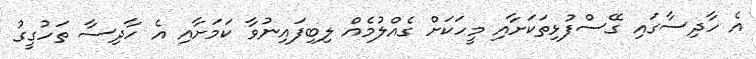
އެ ހާދިސާގައި ގޭސްފުޅިތަކަށާއި މީހަަކަށް ގެއްލުމެއް ލިބިފައިނުވާ ކަމަށާއި އެ ހާދިސާ ތަހުގީގު